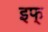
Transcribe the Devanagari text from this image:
इफ्